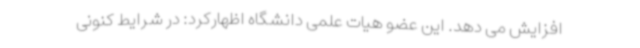
افزایش می دهد. این عضو هیات علمی دانشگاه اظهارکرد: در شرایط کنونی